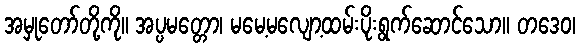
အမှုတော်တို့ကို။ အပ္ပမတ္တော၊ မမေ့မလျော့ထမ်းပိုးရွက်ဆောင်သော။ တဒေဝ၊